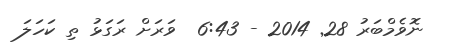
ނޮވެމްބަރު 28